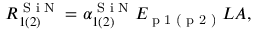
R _ { 1 ( 2 ) } ^ { \textrm { S i N } } = \alpha _ { 1 ( 2 ) } ^ { \textrm { S i N } } E _ { \textrm { p 1 ( p 2 ) } } L A ,